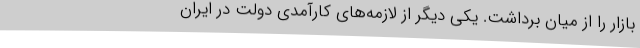
بازار را از میان برداشت. یکی دیگر از لازمه‌های کارآمدی دولت در ایران